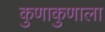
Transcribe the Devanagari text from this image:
कुणाकुणाला